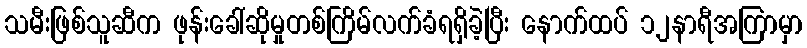
သမီးဖြစ်သူဆီက ဖုန်းခေါ်ဆိုမှုတစ်ကြိမ်လက်ခံရရှိခဲ့ပြီး နောက်ထပ် ၁၂နာရီအကြာမှာ